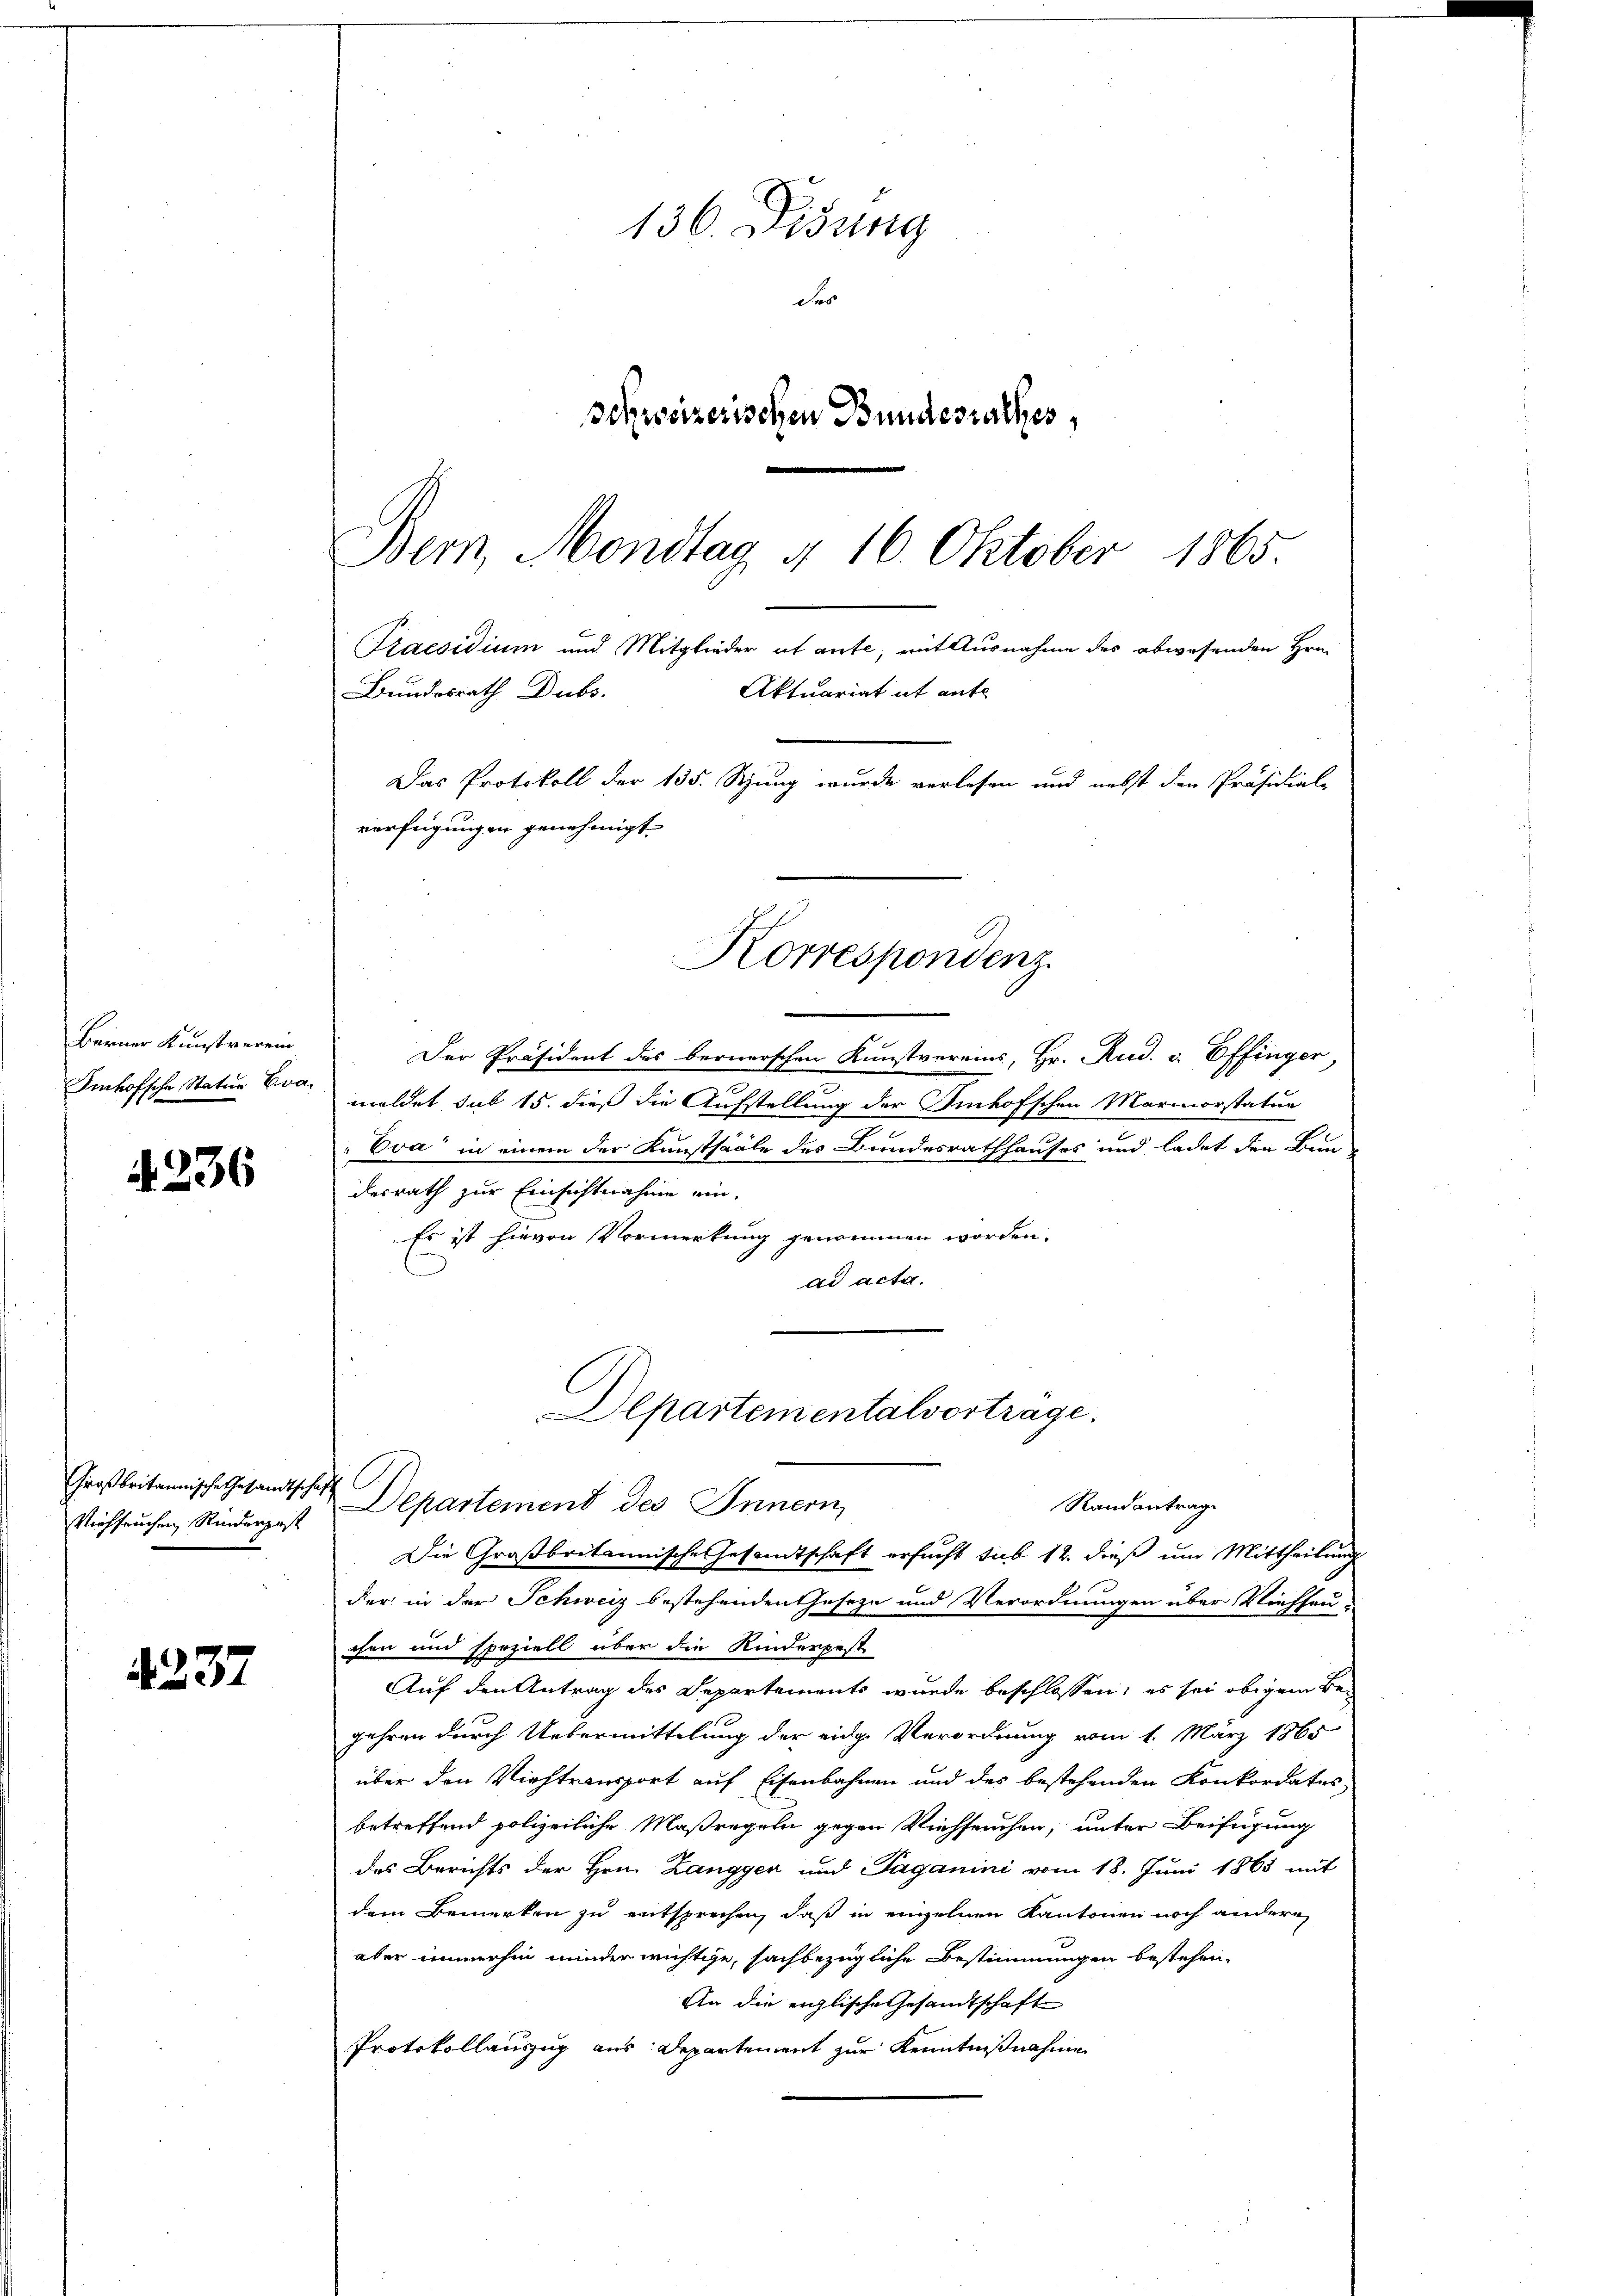
Berner Kunstverein
Imhofsche Statur Eva

236

Großbritannische Gesandtschaft
Viehseuchen Rinderpost

4237

136. Didung
des
schweizerischen Bundesrathes,
Bern, Mondtag 4. 16. Oktober 1865

Bundesrath Dubs.
Das Protokoll der 135. Stung wurde verlesen und nebst den Präsidial-
verfügungen genehmigt.

Der Präsident des bernerschen Kunstvereins, Hr. Rud. v. Effinger,
.
meldet sub 15. dieß die Aufstellung der Finhofschen Marmorstatur
" Eva in einem der Kunstsaale des Bundesrathhauses und ladet den Bundesrath zur Einsichtnahme ein.
Es ist hievon Vormerkung genommen worden.
dd acta.
Departementalvortrage.
Randantrag
Departement des Innern,
Die Großbritannische Gesandtschaft ersucht sub 12. dieß um Mittheilung
der in der Schweiz bestehenden Geseze und Verordnungen über Viehseuchen und speziell über die Kinderpest
Auf den Antrag des Departements wurde beschlossen, es sei obigem Begehren durch Uebermittelung der eidg. Verordnung vom 1. März 1865
über den Viehtransport auf Eisenbahnen und des bestehenden Konkordates
betreffend polizeiliche Maßregeln gegen Viehseuchen, unter Beifügung
des Berichts der Hrn. Zangger und Taganini vom 18. Juni 1865 mit
dem Bemerken zu entsprechen, daß in einzelnen Kantonen noch andern
aber immerhin minder nichtige, sachbezügliche Bestimmungen bestehen,
An die englische Gesandtschaft
Protokollauszug aus Departement zur Kenntnißnahme

Praesidium und Mitglieder et ante, mit Ausnahme des abwesenden Hrn.
Aktuariat it ente

Korrespondenz.